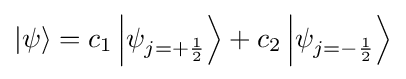
|\psi \rangle =c_{1}\left|\psi _{j=+{\frac {1}{2}}}\right\rangle +c_{2}\left|\psi _{j=-{\frac {1}{2}}}\right\rangle